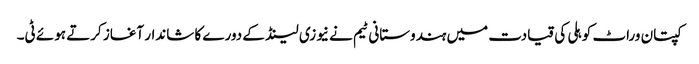
کپتان وراٹ کوہلی کی قیادت میں ہندوستانی ٹیم نے نیوزی لینڈ کے دورے کا شاندار آغاز کرتے ہوئے ٹی۔